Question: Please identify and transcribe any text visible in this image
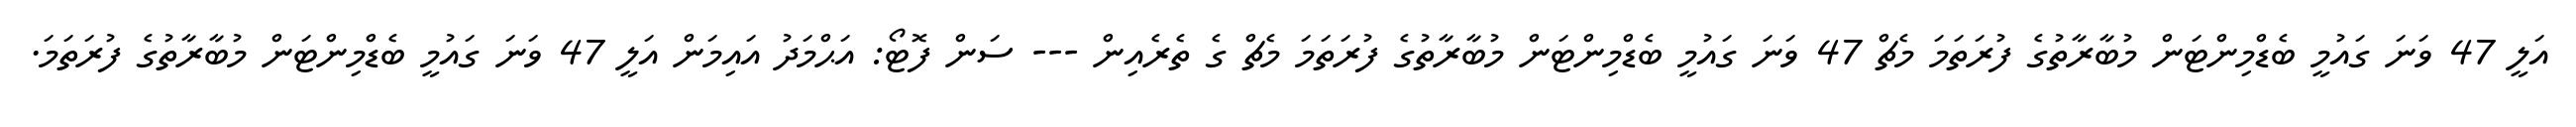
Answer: އަލީ 47 ވަނަ ގައުމީ ބެޑްމިންޓަން މުބާރާތުގެ ފުރަތަމަ މެޗް 47 ވަނަ ގައުމީ ބެޑްމިންޓަން މުބާރާތުގެ ފުރަތަމަ މެޗް ގެ ތެރެއިން --- ސަން ފޮޓޯ: އަޙްމަދު އައިމަން އަލީ 47 ވަނަ ގައުމީ ބެޑްމިންޓަން މުބާރާތުގެ ފުރަތަމަ.